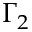
\Gamma _ { 2 }